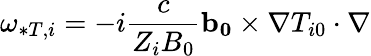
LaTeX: \omega_{*T,i}=-i\frac{c}{Z_{i}B_{0}}\mathbf{b_{0}}\times\nabla T_{i0}\cdot\nabla